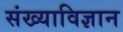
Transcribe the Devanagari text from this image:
संख्याविज्ञान